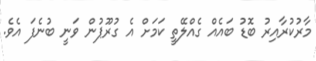
މާރުކުރާއިރު ބޮޑު ބައެއް ގެއްލޭތީ ކަމަށް އެ ގުރޫޕުން ވަނީ ބުނެފަ އެވެ.